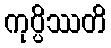
ကုပ္ပိဿတိ